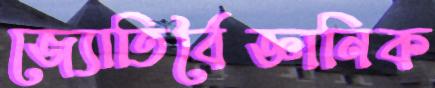
জ্যোতির্বৈজ্ঞানিক